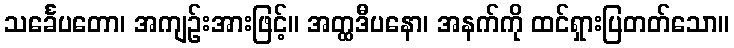
သင်္ခေပတော၊ အကျဉ်းအားဖြင့်။ အတ္ထဒီပနော၊ အနက်ကို ထင်ရှားပြတတ်သော။